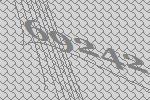
69242